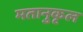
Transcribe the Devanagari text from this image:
मतानुकृल